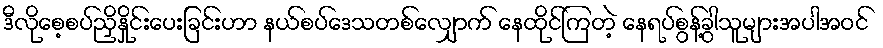
ဒီလိုစေ့စပ်ညှိနှိုင်းပေးခြင်းဟာ နယ်စပ်ဒေသတစ်လျှောက် နေထိုင်ကြတဲ့ နေရပ်စွန့်ခွါသူများအပါအဝင်